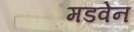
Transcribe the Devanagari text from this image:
मडवेन